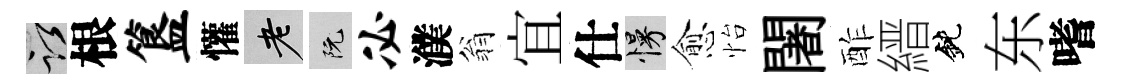
謹根簋懽老阮必濮翁宜仕慢愈怡闍酢縉鈍东嗜